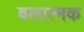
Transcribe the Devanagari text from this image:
बलात्मक